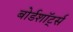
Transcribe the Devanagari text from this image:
बोर्डशॉर्ट्स